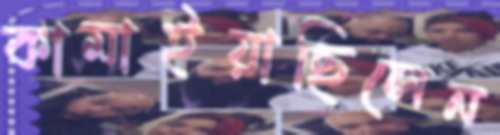
কামাইয়াছিলেন